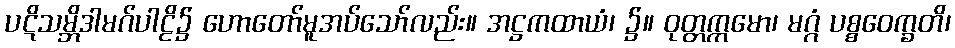
ပဋိသမ္ဘိဒါမဂ်ပါဠိ၌ ဟောတော်မူအပ်သော်လည်း။ အဋ္ဌကထာယံ၊ ၌။ ဝုတ္တက္ကမော၊ မဂ္ဂံ ပစ္စဝေက္ခတိ၊